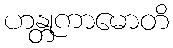
ဟန္တုကာမောတိ